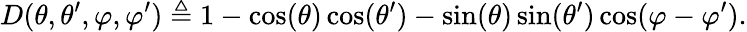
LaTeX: D(\theta,\theta^{\prime},\varphi,\varphi^{\prime})\triangleq 1-\cos(\theta)\cos(\theta^{\prime})-\sin(\theta)\sin(\theta^{\prime})\cos(\varphi-\varphi^{\prime}).